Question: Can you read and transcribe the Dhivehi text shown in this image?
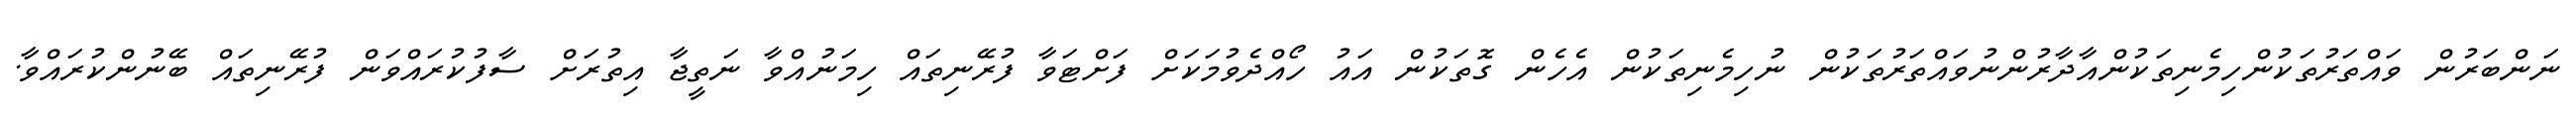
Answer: ނަންބަރުން ވައްތަރުތަކުންހިމެނިތަކުންއާދާރުންނުވައްތަރުތަކުން ނުހިމެނިތަކުން އެހެން ގޮތަކުން އައު ހޯއްދެވުމަކަށް ފަށްޓަވާ ފުރޭނިތައް ހިމަނުއްވާ ނަތީޖާ އިތުރަށް ސާފުކުރައްވަން ފުރޭނިތައް ބޭނުންކުރައްވާ.